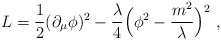
\begin{align*}L= {1\over 2} (\partial _\mu \phi )^2 - {\lambda\over 4} \Bigl(\phi^2 - {m^2\over \lambda} \Bigr)^2 \ ,\end{align*}